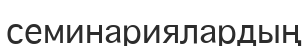
семинариялардың